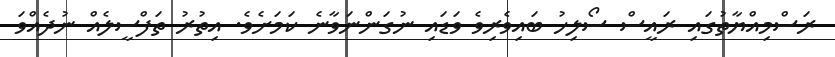
ރަސްމިއްޔާތުގައި ރައީސް ސޯލިހު ބައިވެރިވެ ވަޑައި ނުގަންނަވާނެ ކަމަށެވެ. އިތުރު ތަފްސީލެއް ނުދެއްވަ